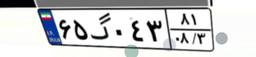
۳۷گ۴۷۸۹۸